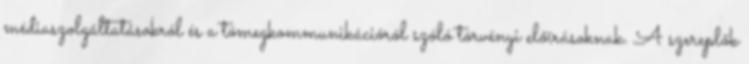
médiaszolgáltatásokról és a tömegkommunikációról szóló törvényi előírásoknak. A szereplők